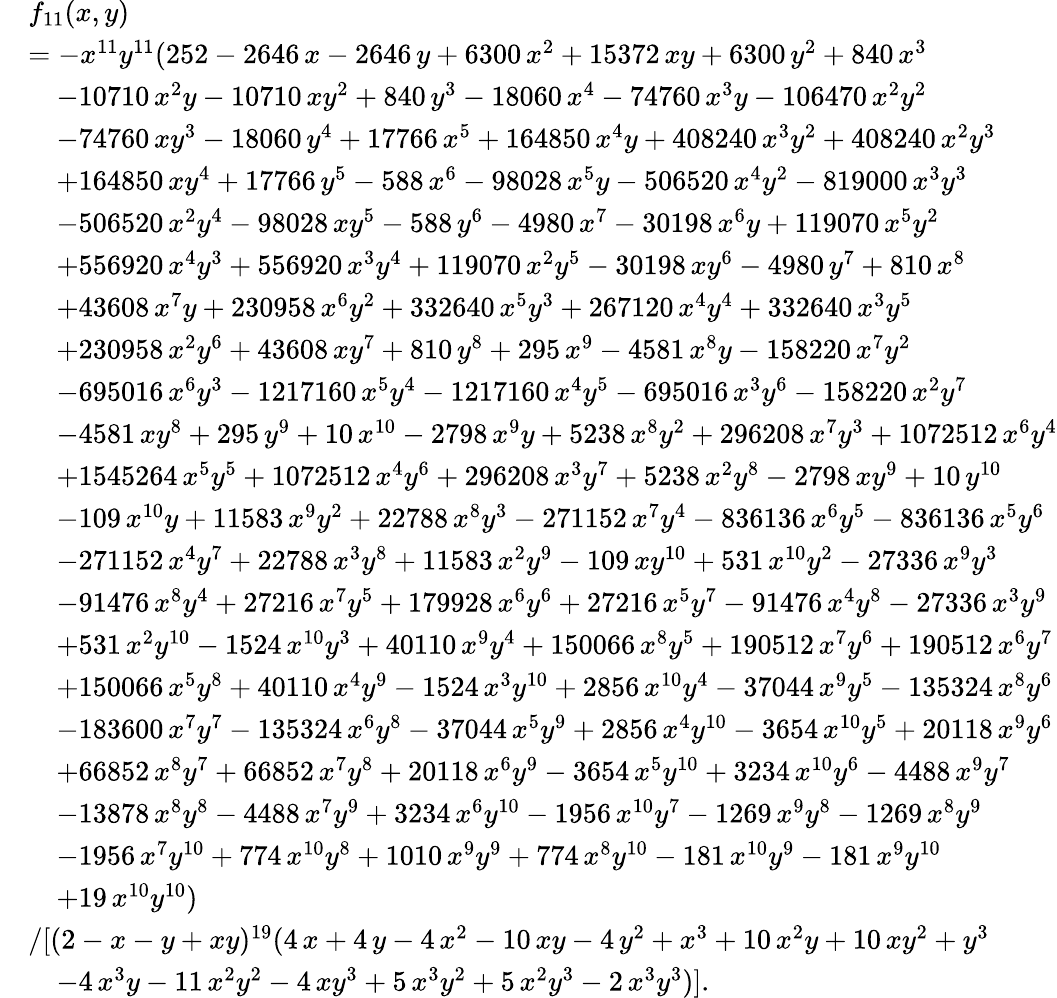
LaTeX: \begin{array}{rl}&{f_{11}(x,y)}\\ &{=-x^{11}y^{11}(252-2646\, x-2646\, y+6300\, x^{2}+15372\, xy+6300\, y^{2}+840\, x^{3}}\\ &{\quad-10710\, x^{2}y-10710\, xy^{2}+840\, y^{3}-18060\, x^{4}-74760\, x^{3}y-106470\, x^{2}y^{2}}\\ &{\quad-74760\, xy^{3}-18060\, y^{4}+17766\, x^{5}+164850\, x^{4}y+408240\, x^{3}y^{2}+408240\, x^{2}y^{3}}\\ &{\quad+164850\, xy^{4}+17766\, y^{5}-588\, x^{6}-98028\, x^{5}y-506520\, x^{4}y^{2}-819000\, x^{3}y^{3}}\\ &{\quad-506520\, x^{2}y^{4}-98028\, xy^{5}-588\, y^{6}-4980\, x^{7}-30198\, x^{6}y+119070\, x^{5}y^{2}}\\ &{\quad+556920\, x^{4}y^{3}+556920\, x^{3}y^{4}+119070\, x^{2}y^{5}-30198\, xy^{6}-4980\, y^{7}+810\, x^{8}}\\ &{\quad+43608\, x^{7}y+230958\, x^{6}y^{2}+332640\, x^{5}y^{3}+267120\, x^{4}y^{4}+332640\, x^{3}y^{5}}\\ &{\quad+230958\, x^{2}y^{6}+43608\, xy^{7}+810\, y^{8}+295\, x^{9}-4581\, x^{8}y-158220\, x^{7}y^{2}}\\ &{\quad-695016\, x^{6}y^{3}-1217160\, x^{5}y^{4}-1217160\, x^{4}y^{5}-695016\, x^{3}y^{6}-158220\, x^{2}y^{7}}\\ &{\quad-4581\, xy^{8}+295\, y^{9}+10\, x^{10}-2798\, x^{9}y+5238\, x^{8}y^{2}+296208\, x^{7}y^{3}+1072512\, x^{6}y^{4}}\\ &{\quad+1545264\, x^{5}y^{5}+1072512\, x^{4}y^{6}+296208\, x^{3}y^{7}+5238\, x^{2}y^{8}-2798\, xy^{9}+10\, y^{10}}\\ &{\quad-109\, x^{10}y+11583\, x^{9}y^{2}+22788\, x^{8}y^{3}-271152\, x^{7}y^{4}-836136\, x^{6}y^{5}-836136\, x^{5}y^{6}}\\ &{\quad-271152\, x^{4}y^{7}+22788\, x^{3}y^{8}+11583\, x^{2}y^{9}-109\, xy^{10}+531\, x^{10}y^{2}-27336\, x^{9}y^{3}}\\ &{\quad-91476\, x^{8}y^{4}+27216\, x^{7}y^{5}+179928\, x^{6}y^{6}+27216\, x^{5}y^{7}-91476\, x^{4}y^{8}-27336\, x^{3}y^{9}}\\ &{\quad+531\, x^{2}y^{10}-1524\, x^{10}y^{3}+40110\, x^{9}y^{4}+150066\, x^{8}y^{5}+190512\, x^{7}y^{6}+190512\, x^{6}y^{7}}\\ &{\quad+150066\, x^{5}y^{8}+40110\, x^{4}y^{9}-1524\, x^{3}y^{10}+2856\, x^{10}y^{4}-37044\, x^{9}y^{5}-135324\, x^{8}y^{6}}\\ &{\quad-183600\, x^{7}y^{7}-135324\, x^{6}y^{8}-37044\, x^{5}y^{9}+2856\, x^{4}y^{10}-3654\, x^{10}y^{5}+20118\, x^{9}y^{6}}\\ &{\quad+66852\, x^{8}y^{7}+66852\, x^{7}y^{8}+20118\, x^{6}y^{9}-3654\, x^{5}y^{10}+3234\, x^{10}y^{6}-4488\, x^{9}y^{7}}\\ &{\quad-13878\, x^{8}y^{8}-4488\, x^{7}y^{9}+3234\, x^{6}y^{10}-1956\, x^{10}y^{7}-1269\, x^{9}y^{8}-1269\, x^{8}y^{9}}\\ &{\quad-1956\, x^{7}y^{10}+774\, x^{10}y^{8}+1010\, x^{9}y^{9}+774\, x^{8}y^{10}-181\, x^{10}y^{9}-181\, x^{9}y^{10}}\\ &{\quad+19\, x^{10}y^{10})}\\ &{/[(2-x-y+xy)^{19}(4\, x+4\, y-4\, x^{2}-10\, xy-4\, y^{2}+x^{3}+10\, x^{2}y+10\, xy^{2}+y^{3}}\\ &{\quad-4\, x^{3}y-11\, x^{2}y^{2}-4\, xy^{3}+5\, x^{3}y^{2}+5\, x^{2}y^{3}-2\, x^{3}y^{3})].}\end{array}